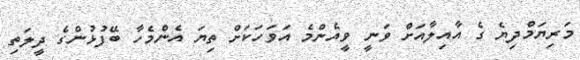
މަރިޔަމްދިޔެ ގެ އާއިލާއަށް ވަނީ ވީއެންމެ އަވަހަކަށް ތިޔަ އެންމެހާ ބޭފުޅުންގެ ދީލަތި